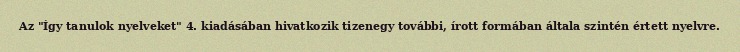
Az "Így tanulok nyelveket" 4. kiadásában hivatkozik tizenegy további, írott formában általa szintén értett nyelvre.